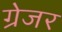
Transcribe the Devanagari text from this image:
ग्रेजर